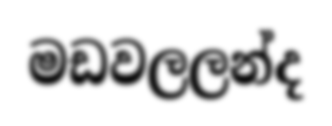
මඩවලලන්ද